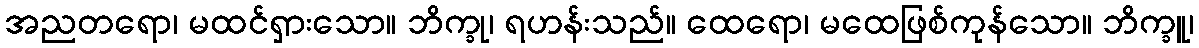
အညတရော၊ မထင်ရှားသော။ ဘိက္ခု၊ ရဟန်းသည်။ ထေရော၊ မထေဖြစ်ကုန်သော။ ဘိက္ခူ၊